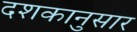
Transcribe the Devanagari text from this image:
दशकानुसार